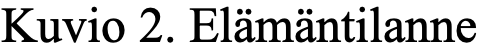
Kuvio 2. Elämäntilanne